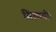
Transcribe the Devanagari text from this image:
मिलायी।